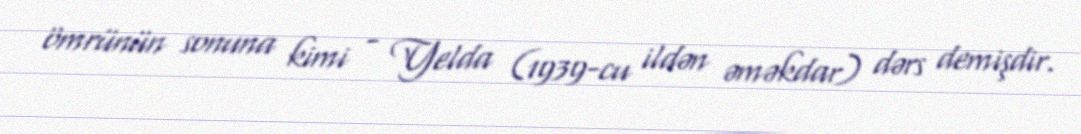
ömrünün sonuna kimi - Yelda (1939-cu ildən əməkdar) dərs demişdir.